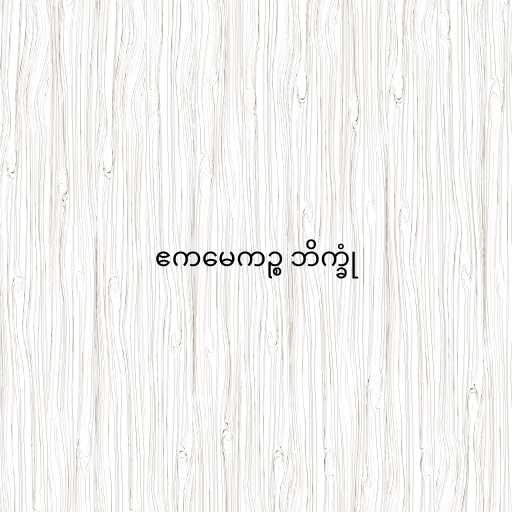
ဧကမေကဉ္စ ဘိက္ခုံ